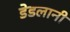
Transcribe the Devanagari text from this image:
डेडलानी